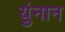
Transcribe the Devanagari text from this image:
युंनान